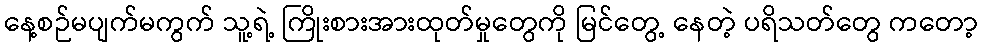
နေ့စဉ်မပျက်မကွက် သူ့ရဲ့ ကြိုးစားအားထုတ်မှုတွေကို မြင်တွေ့ နေတဲ့ ပရိသတ်တွေ ကတော့